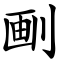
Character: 㓰